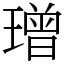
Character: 璔